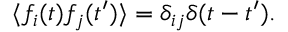
\langle f _ { i } ( t ) f _ { j } ( t ^ { \prime } ) \rangle = \delta _ { i j } \delta ( t - t ^ { \prime } ) .